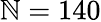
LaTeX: \mathbb{N}=140